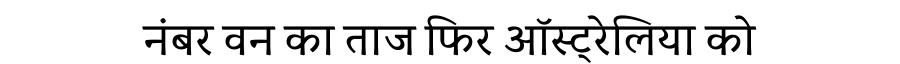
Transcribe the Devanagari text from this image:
नंबर वन का ताज फिर ऑस्ट्रेलिया को